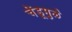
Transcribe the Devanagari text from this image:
चेंडूमुळे